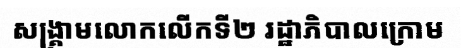
សង្គ្រាមលោកលើកទី២ រដ្ឋាភិបាលក្រោម